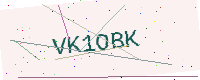
Text: VK1OBK